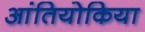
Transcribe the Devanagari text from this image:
आंतियोकिया